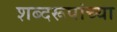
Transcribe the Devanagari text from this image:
शब्दरूपांच्या